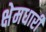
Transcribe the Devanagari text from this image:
क्षेमधारी